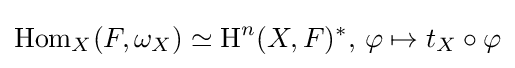
\operatorname {Hom} _{X}(F,\omega _{X})\simeq \operatorname {H} ^{n}(X,F)^{*},\,\varphi \mapsto t_{X}\circ \varphi